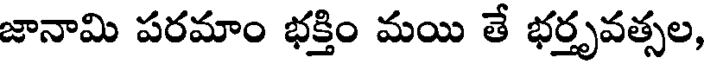
జానామి పరమాం భక్తిం మయి తే భర్తృవత్సల,